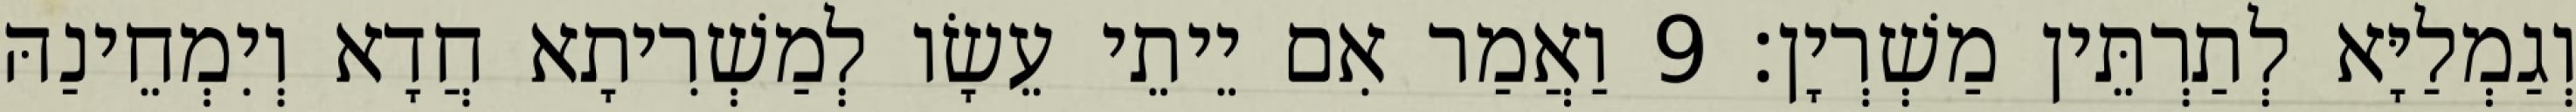
וְגַמְלַיָּא לְתַרְתֵּין מַשְׁרְיָן׃ 9 וַאֲמַר אִם יֵיתֵי עֵשָׂו לְמַשְׁרִיתָא חֲדָא וְיִמְחֵינַהּ